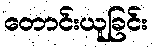
တောင်းယူခြင်း